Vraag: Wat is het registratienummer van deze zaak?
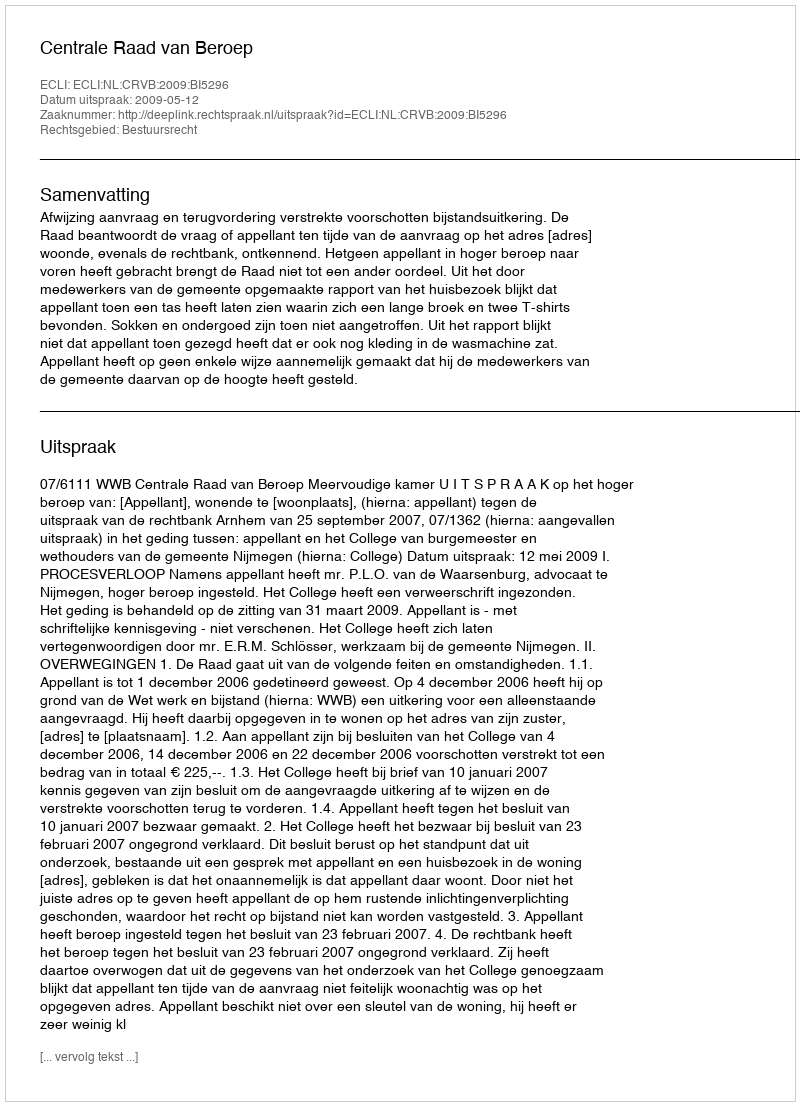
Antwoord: http://deeplink.rechtspraak.nl/uitspraak?id=ECLI:NL:CRVB:2009:BI5296